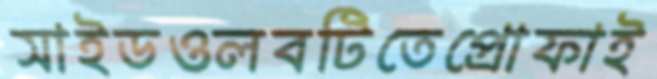
সাইডওলবটিতেপ্রোফাই